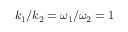
k _ { 1 } / k _ { 2 } = \omega _ { 1 } / \omega _ { 2 } = 1